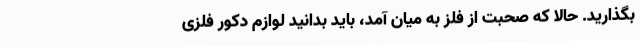
بگذارید. حالا که صحبت از فلز به میان آمد، باید بدانید لوازم دکور فلزی